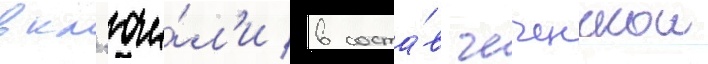
вкл'ючи́л'и в соста́в чеченскои